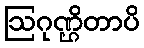
ဩဂုဏ္ဌိတာပိ